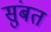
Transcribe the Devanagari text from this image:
सुंबत